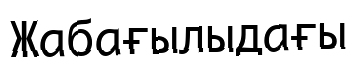
Жабағылыдағы